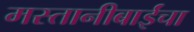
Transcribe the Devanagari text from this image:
मस्तानीबाईंचा